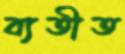
ব্যতীত